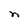
Character: n